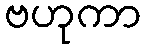
ဗဟုကာ